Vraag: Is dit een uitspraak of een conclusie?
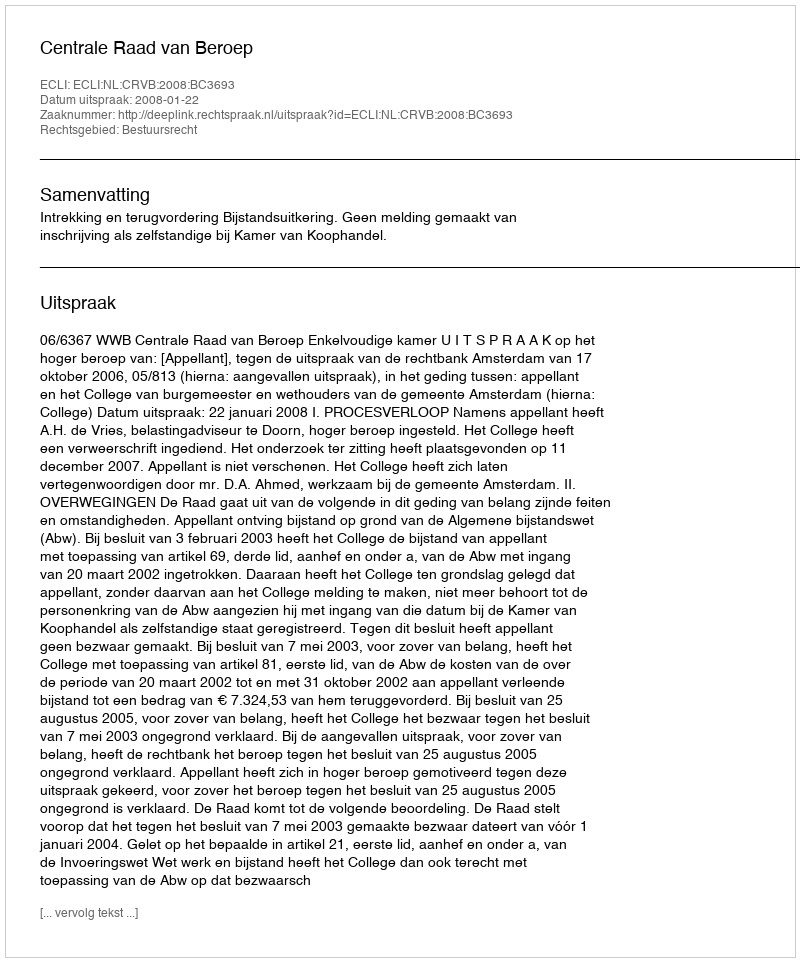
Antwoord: Uitspraak